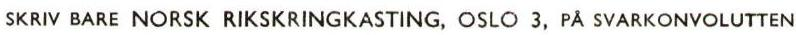
SKRIV BARE NORSK RIKSKRINGKASTING, OSLO 3, PÅ SVARKONYOLUTTEN